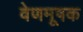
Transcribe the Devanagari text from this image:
वेणमूषक